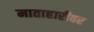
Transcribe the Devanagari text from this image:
माताहारीवर